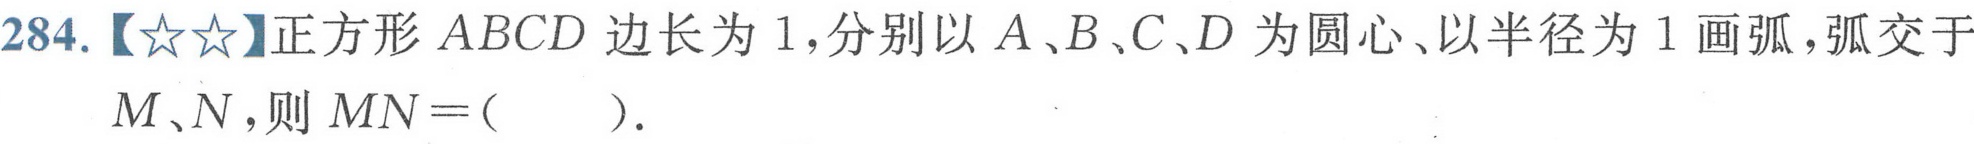
284.【★★】正方形 \(ABCD\) 边长为 \(1\)，分别以 \(A\)、\(B\)、\(C\)、\(D\) 为圆心、以半径为 \(1\) 画弧，弧交于 \(M\)、\(N\)，则 \(MN = (\ \ \ \ \ )\).